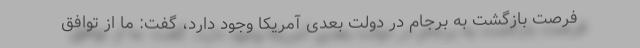
فرصت بازگشت به برجام در دولت بعدی آمریکا وجود دارد، گفت: ما از توافق